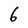
Character: 6